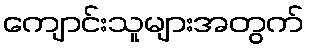
ကျောင်းသူများအတွက်